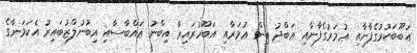
އަބޫބަކުރުގެފާނާއި ޢުމަރުގެފާނާއި ޢަބްދު ބިން ޢުމަރާއި އަބޫހުރައިރާ އިބްނު ޢައްބާސާއި އިބުނުލްޒުބައިރު އެކަމަނާގެ